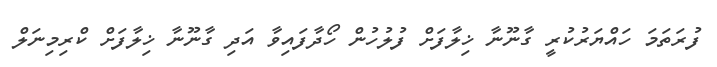
ފުރަތަމަ ހައްޔަރުކުރީ ގާނޫނާ ޚިލާފަށް ފުލުހުން ހޯދާފައިވާ އަދި ގާނޫނާ ޚިލާފަށް ކްރިމިނަލް